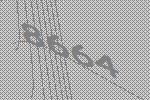
8664